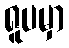
ရူပမှာ